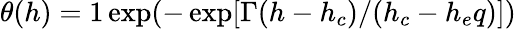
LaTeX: \theta(h)=1\exp(-\exp[\Gamma(h-h_{c})/(h_{c}-h_{e}q)])